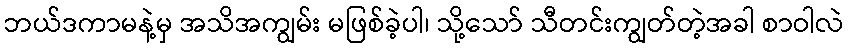
ဘယ်ဒကာမနဲ့မှ အသိအကျွမ်း မဖြစ်ခဲ့ပါ၊ သို့သော် သီတင်းကျွတ်တဲ့အခါ စာဝါလဲ